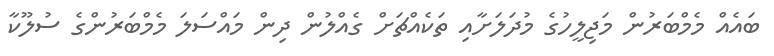
ބައެއް މެމްބަރުން މަޖިލީހުގެ މުދަލަށާއި ތަކެއްޗަށް ގެއްލުން ދިން މައްސަލަ މެމްބަރުންގެ ސުލޫކާ